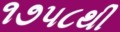
૧૭૫૮થી